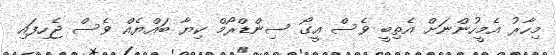
މިހާރު އެމީހުންނަށް އެތިބީ ވެސް އީގޯ ސިންޑްރޯމް ކިޔާ ބައްޔެއް ވެސް ޖެހިފައި